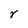
Character: r